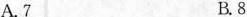
A.7 B.8